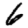
Digit: 6